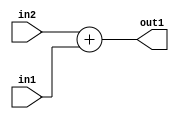
`timescale 1ps / 1ps
/*****************************************************************************
    Verilog RTL Description
    
    
    Created by: Stratus DpOpt 2019.1.01 
*******************************************************************************/

module SobelFilter_Add_64Ux64U_64U_4 (
	in2,
	in1,
	out1
	); /* architecture "behavioural" */ 
input [63:0] in2,
	in1;
output [63:0] out1;
wire [63:0] asc001;

assign asc001 = 
	+(in2)
	+(in1);

assign out1 = asc001;
endmodule

/* CADENCE  ubDwSg0= : u9/ySgnWtBlWxVPRXgAZ4Og= ** DO NOT EDIT THIS LINE ******/